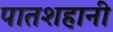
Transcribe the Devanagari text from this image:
पातशहानी